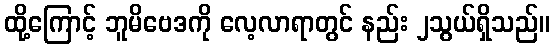
ထို့ကြောင့် ဘူမိဗေဒကို လေ့လာရာတွင် နည်း ၂သွယ်ရှိသည်။